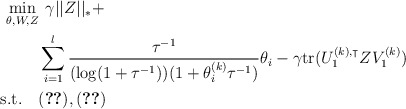
\begin{align*} \begin{aligned}\mathop {\min }\limits_{\theta, W, Z} &{\kern 1pt} {\kern 1pt} {\kern 1pt} {\kern 1pt} {\kern 1pt} \gamma||Z||_{*}+ \\& \sum\limits_{i=1}^l \frac{\tau^{-1}}{(\log(1+\tau^{{-1}}))(1+\theta^{(k)}_i\tau^{{-1}})}\theta_i-\gamma {\rm tr}(U_1^{(k),\intercal}ZV_1^{(k)})\\{\rm s.t.} \ \ \ & (\ref{const-add}), (\ref{const6})\end{aligned}\end{align*}